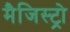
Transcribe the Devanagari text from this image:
मैजिस्ट्रो